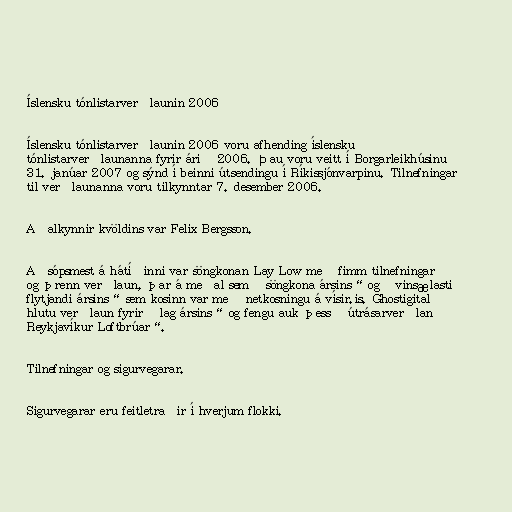
Íslensku tónlistarverðlaunin 2006

Íslensku tónlistarverðlaunin 2006 voru afhending íslensku
tónlistarverðlaunanna fyrir árið 2006. Þau voru veitt í Borgarleikhúsinu
31. janúar 2007 og sýnd í beinni útsendingu í Ríkissjónvarpinu. Tilnefningar
til verðlaunanna voru tilkynntar 7. desember 2006.

Aðalkynnir kvöldins var Felix Bergsson.

Aðsópsmest á hátíðinni var söngkonan Lay Low með fimm tilnefningar
og þrenn verðlaun, þar á meðal sem „söngkona ársins“ og „vinsælasti
flytjandi ársins“ sem kosinn var með netkosningu á vísir.is. Ghostigital
hlutu verðlaun fyrir „lag ársins“ og fengu auk þess „útrásarverðlan
Reykjavíkur Loftbrúar“.

Tilnefningar og sigurvegarar.

Sigurvegarar eru feitletraðir í hverjum flokki.